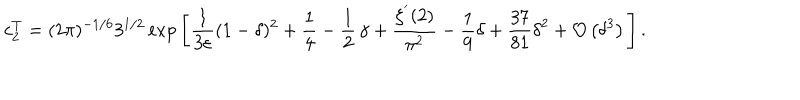
LaTeX: c _ { 2 } ^ { T } = ( 2 \pi ) ^ { - 1 / 6 } 3 ^ { 1 / 2 } \exp \Bigg [ \frac { 1 } { 3 \varepsilon } ( 1 - \delta ) ^ { 2 } + \frac { 1 } { 4 } - \frac { 1 } { 2 } \, \gamma + \frac { \zeta ^ { ' } ( 2 ) } { \pi ^ { 2 } } - \frac { 1 } { 9 } \delta + \frac { 3 7 } { 8 1 } { \delta } ^ { 2 } + { \cal O } \left( { \delta } ^ { 3 } \right) \Bigg ] \, .